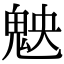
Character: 𩲴